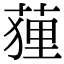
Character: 䔆